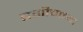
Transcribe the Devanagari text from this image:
बगीचाच्या